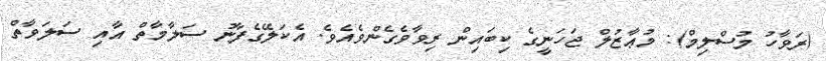
(ރަވާހު މުސްލިމް): މުޢާޒުލް ޖަހަނީގެ ކިބައިން ރިވާވެގެންވެއެވެ. އެކަލޭގެފާނު ސަލާމާތް އާއިި ސަލަވާތް